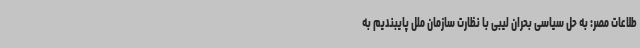
طلاعات مصر: به حل سیاسی بحران لیبی با نظارت سازمان ملل پایبندیم به